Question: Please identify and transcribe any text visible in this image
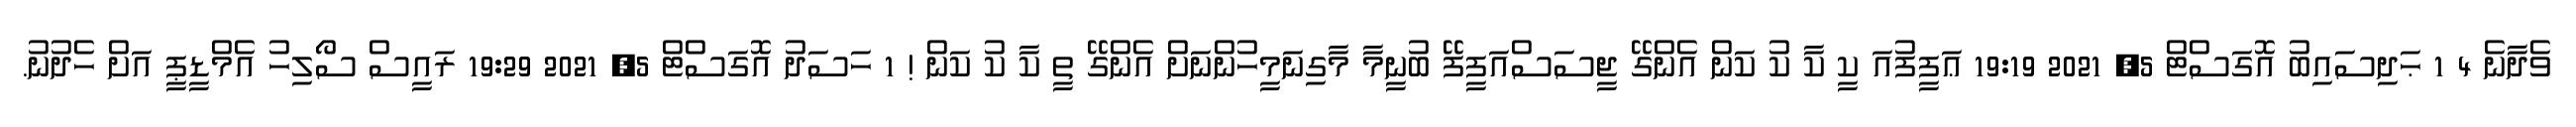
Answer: ވެދާނެ 4 1 ޙަދިސައިބު އޮގަސްޓް 5, 2021 19:19 ޢަފީފުއަ ކީ ކާ ކު ކަން އެންގޭ ޖީސަސްއަފީފޭ ބުނީމާ މާގިނަމީހުންނަށް އެންގޭ ތީ ކާ ކު ކަން ! 1 ހަސަދު އޮގަސްޓް 5, 2021 19:29 ރައީސް ސޯލިހު އެމްޑީޕީ އަށް ހެދުނު.